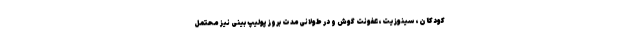
کودکان، سینوزیت، عفونت گوش و در طولانی‌مدت بروز پولیپ بینی نیز محتمل